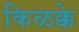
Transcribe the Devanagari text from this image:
किळक्के